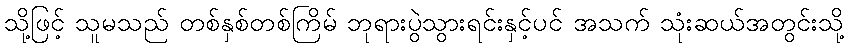
သို့ဖြင့် သူမသည် တစ်နှစ်တစ်ကြိမ် ဘုရားပွဲသွားရင်းနှင့်ပင် အသက် သုံးဆယ်အတွင်းသို့